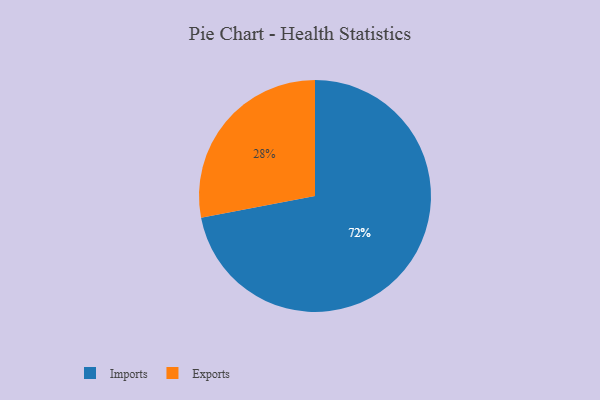
{"axis": {"x": "Category", "y": "Percentage"}, "legend": ["Exports", "Imports"], "data": [{"x": "Imports", "y": 72, "type": "Imports"}, {"x": "Exports", "y": 28, "type": "Exports"}]}